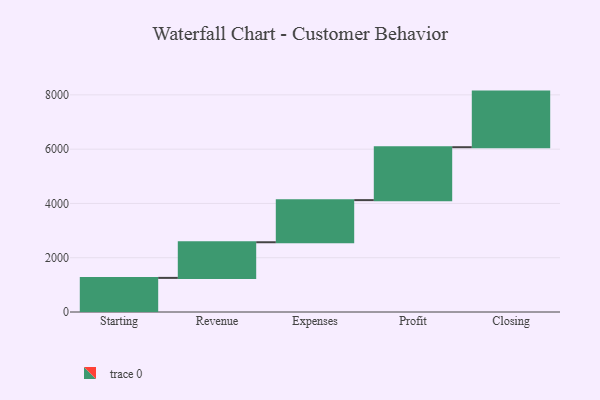
{"axis": {"x": "Step", "y": "Value"}, "legend": [""], "data": [{"x": "Starting", "y": 1257.0, "type": ""}, {"x": "Revenue", "y": 1313.0, "type": ""}, {"x": "Expenses", "y": 1552.0, "type": ""}, {"x": "Profit", "y": 1950.0, "type": ""}, {"x": "Closing", "y": 2049.0, "type": ""}]}